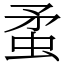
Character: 䖥